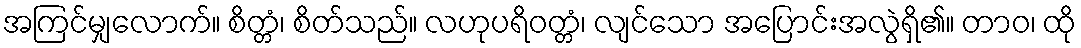
အကြင်မျှလောက်။ စိတ္တံ၊ စိတ်သည်။ လဟုပရိဝတ္တံ၊ လျင်သော အပြောင်းအလွဲရှိ၏။ တာဝ၊ ထို